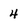
Character: 4